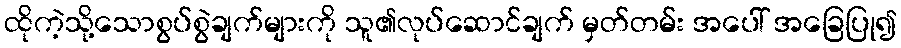
ထိုကဲ့သို့သောစွပ်စွဲချက်များကို သူ၏လုပ်ဆောင်ချက် မှတ်တမ်း အပေါ် အခြေပြု၍